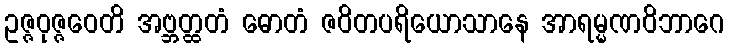
ဥဇ္ဇဝုဇ္ဇဝေတိ အဗ္ဘတ္ထတံ ဓောတံ ဇဝိတပရိယောသာနေ အာရမ္မဏဝိဘာဂေ